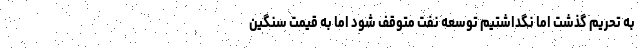
به تحریم گذشت اما نگداشتیم توسعه نفت متوقف شود اما به قیمت سنگین